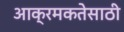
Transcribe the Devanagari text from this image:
आक्रमकतेसाठी